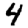
Digit: 4